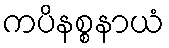
ကပိနစ္စနာယံ